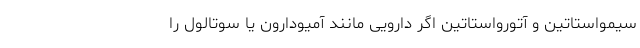
سیمواستاتین و آتورواستاتین اگر دارویی مانند آمیودارون یا سوتالول را